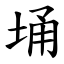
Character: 埇